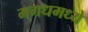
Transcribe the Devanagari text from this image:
मगधमध्ये